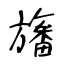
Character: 旛